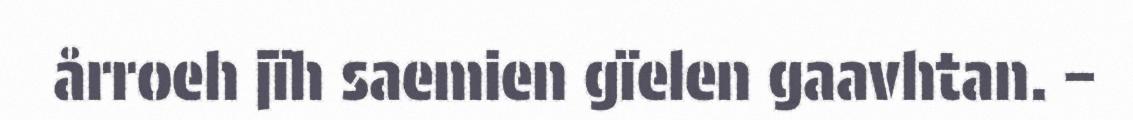
årroeh jïh saemien gïelen gaavhtan. –